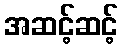
အဆင့်ဆင့်